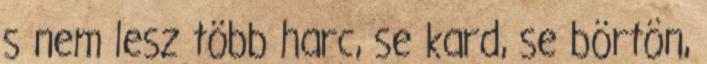
s nem lesz több harc, se kard, se börtön,